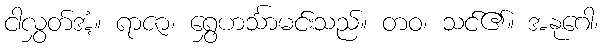
ငါလွှတ်အံ့။ ရာဇာ၊ ရွှေဟင်္သာမင်းသည်။ တဝ၊ သင်၏။ အနုဂေါ၊